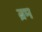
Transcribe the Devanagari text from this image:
ब्रम